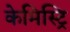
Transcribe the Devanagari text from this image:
केमिस्ट्रि